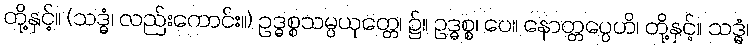
တို့နှင့်။ (သဒ္ဓံ၊ လည်းကောင်း။) ဥဒ္ဓစ္စသမ္ပယုတ္တေ၊ ၌။ ဥဒ္ဓစ္စ၊ ပေ။ နောတ္တပ္ပေဟိ၊ တို့နှင့်။ သဒ္ဓံ၊